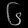
Digit: ၆